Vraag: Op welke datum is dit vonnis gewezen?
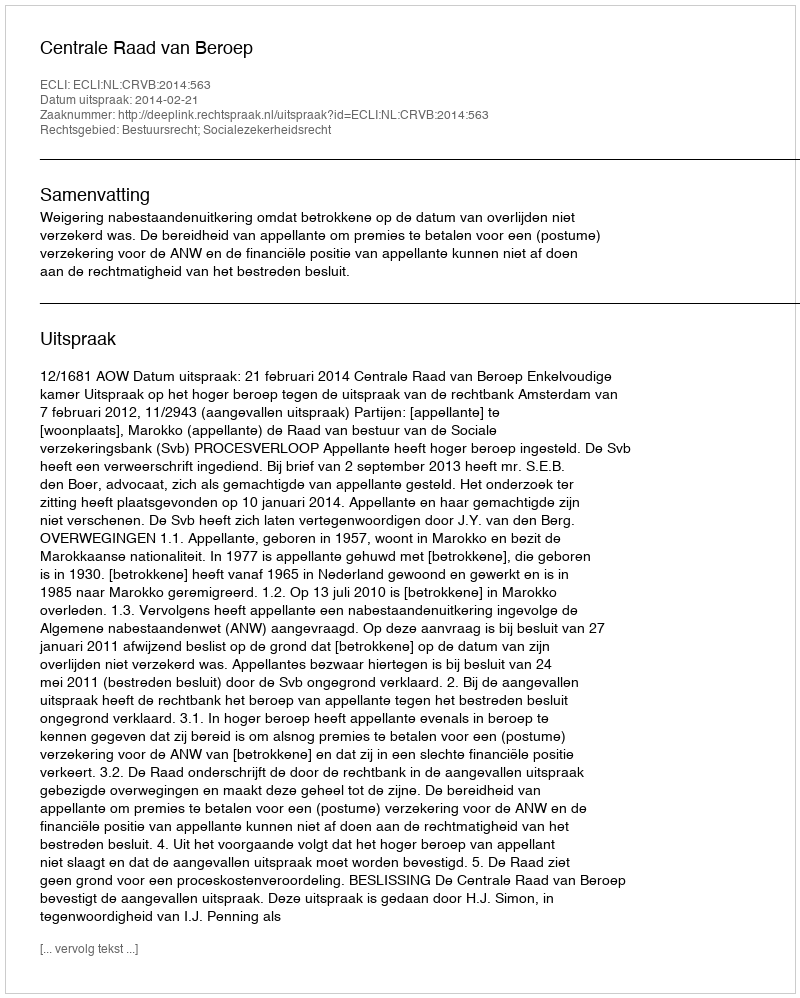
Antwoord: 2014-02-21